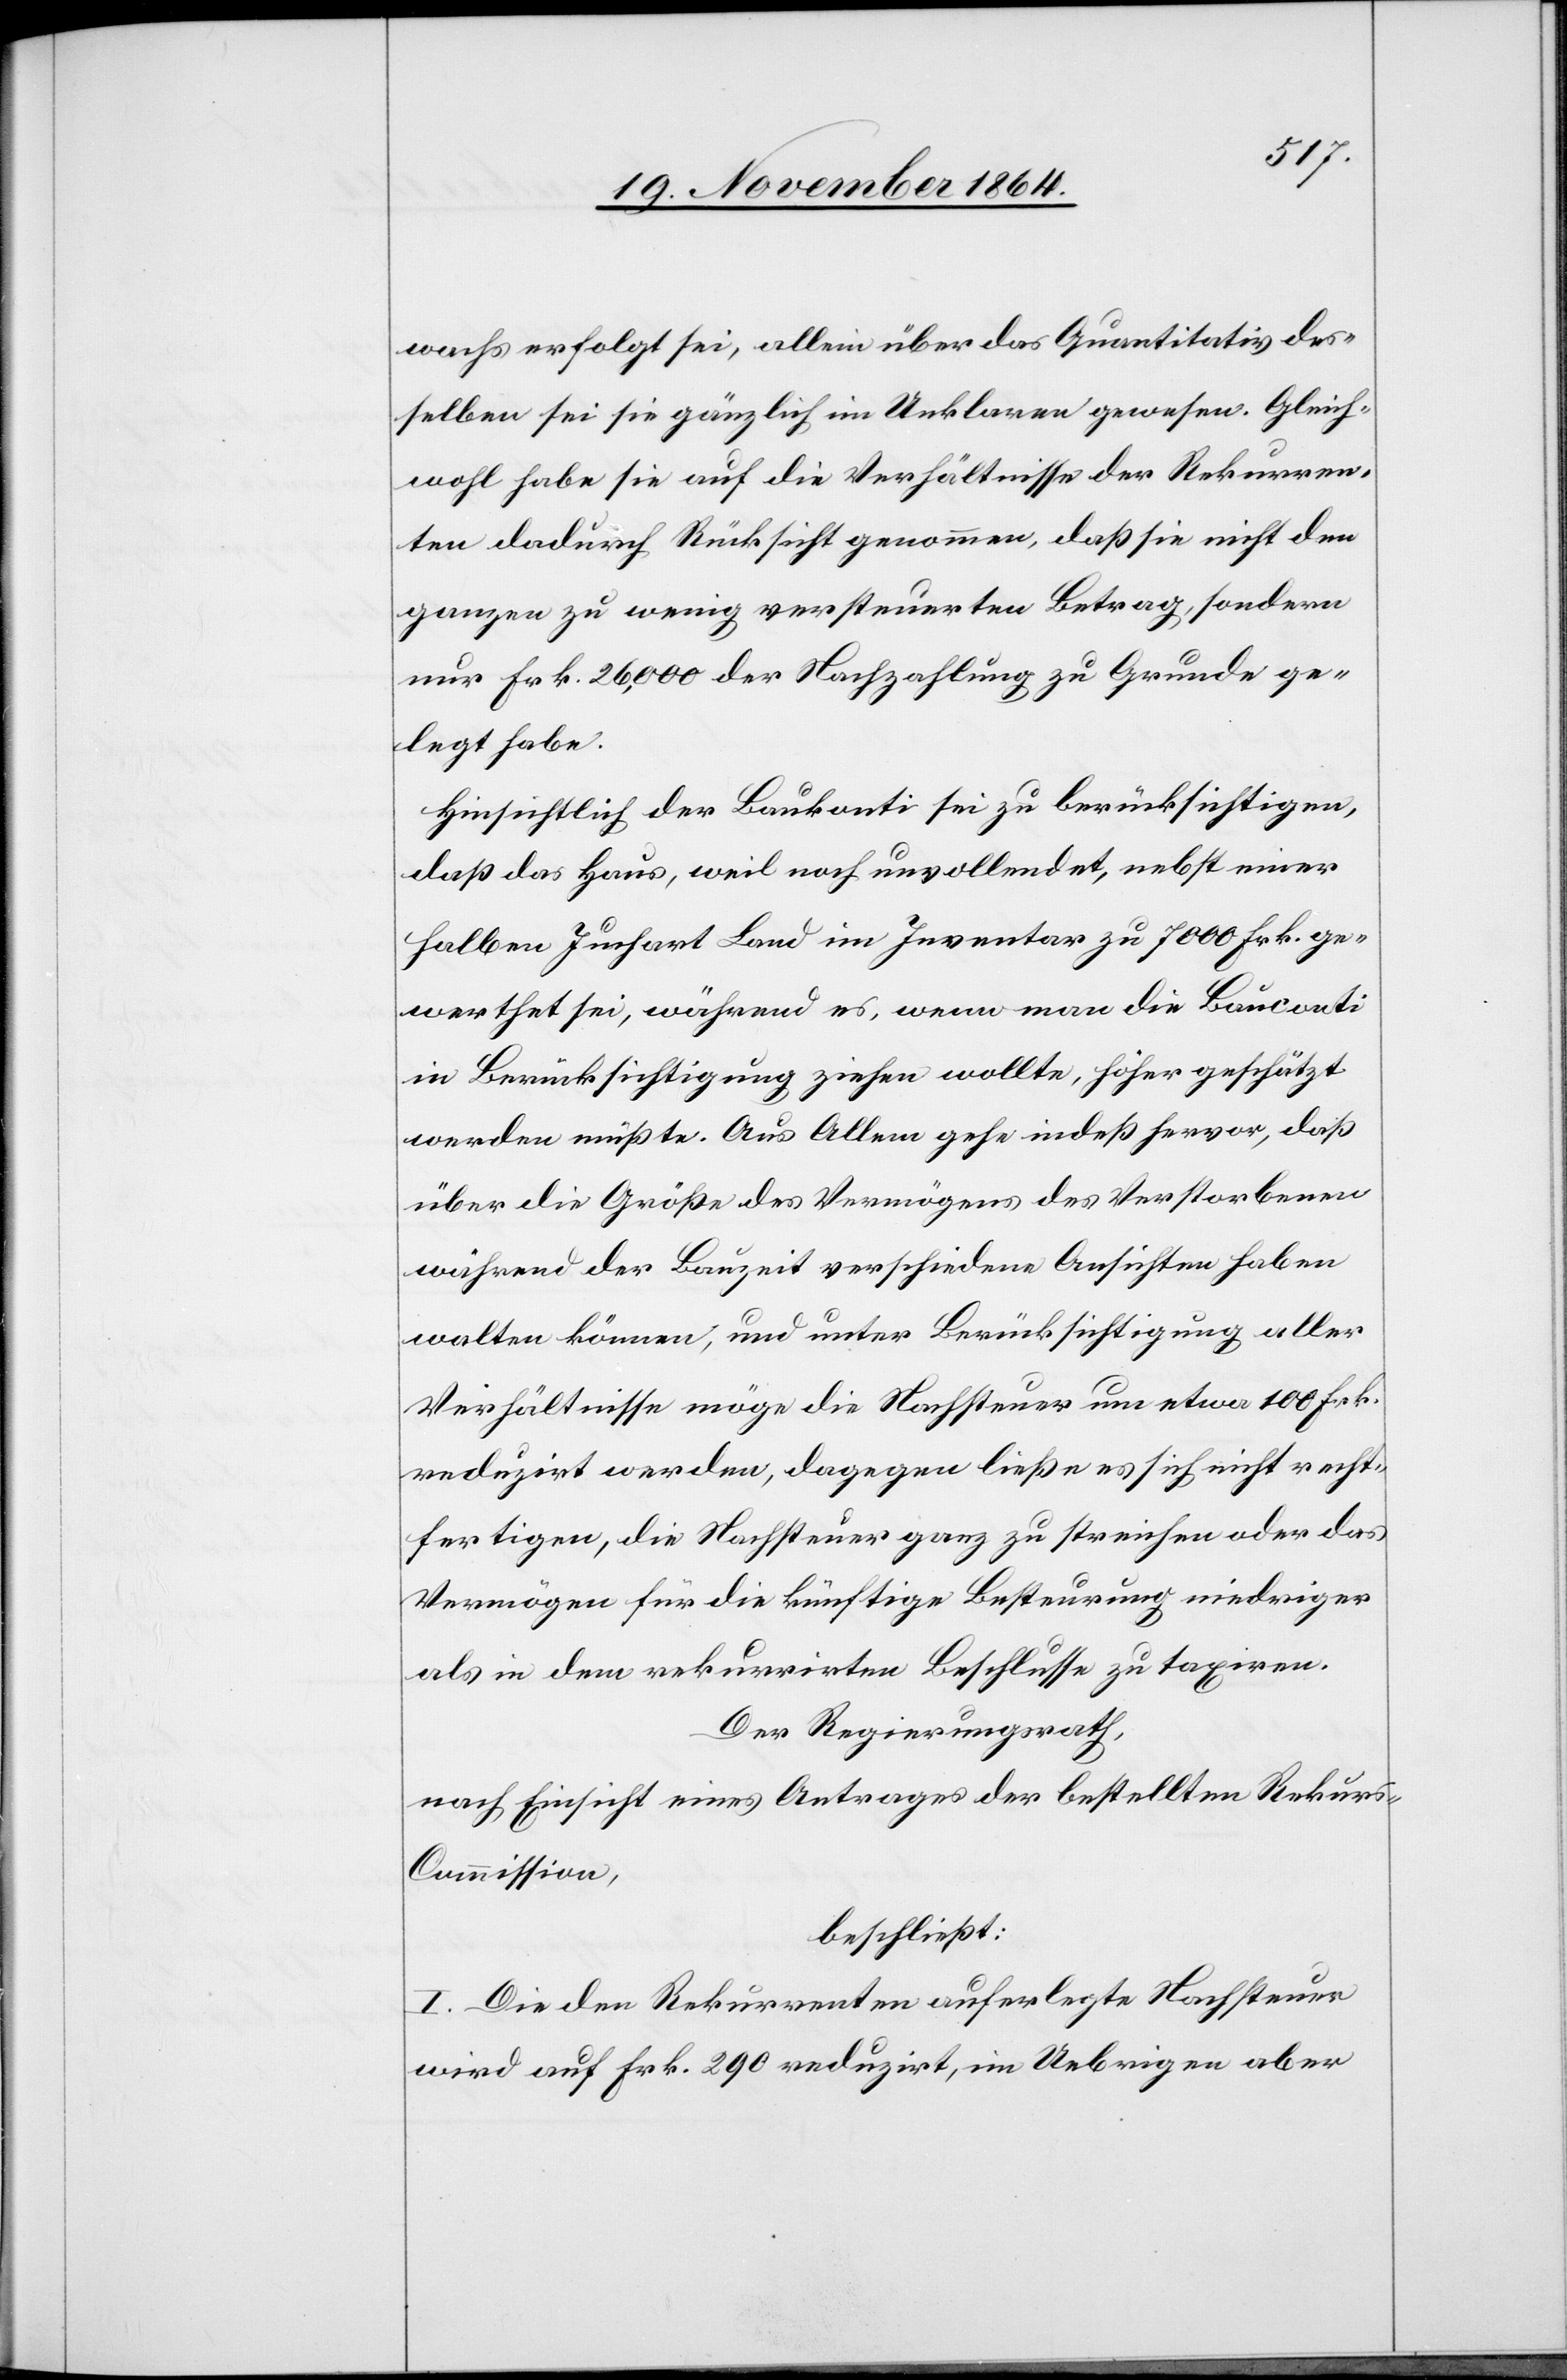
wachs erfolgt sei, allein über das Quantitativ des¬
selben sei sie gänzlich im Unklaren gewesen. Gleich¬
wohl habe sie auf die Verhältnisse der Rekurren¬
ten dadurch Rücksicht genommen, daß sie nicht den
ganzen zu wenig versteuerten Betrag, sondern
nur Frk. 26,000 der Nachzahlung zu Grunde ge¬
legt habe.
Hinsichtlich der Baukonti sei zu berücksichtigen,
daß das Haus, weil noch unvollendet, nebst einer
halben Juchart Land im Inventar zu 7000 Frk. ge¬
werthet sei, während es, wenn man die Bauconti
in Berücksichtigung ziehen wollte, höher geschätzt
werden müßte. Aus Allem gehe indeß hervor, daß
über die Größe des Vermögens des Verstorbenen
während der Bauzeit verschiedene Ansichten haben
walten können, und unter Berücksichtigung aller
Verhältnisse möge die Nachsteuer um etwa 100 Frk.
reduzirt werden, dagegen ließe es sich nicht recht¬
fertigen, die Nachsteuer ganz zu streichen oder das
Vermögen für die künftige Besteurung niedriger
als in dem rekurrirten Beschlusse zu taxiren.
Der Regierungsrath,
nach Einsicht eines Antrages der bestellten Rekur¬
s-Commission,
beschließt:
I. Die den Rekurrenten auferlegte Nachsteuer
wird auf Frk. 290 reduzirt, im Uebrigen aber